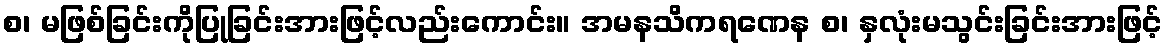
စ၊ မဖြစ်ခြင်းကိုပြုခြင်းအားဖြင့်လည်းကောင်း။ အမနသိကရဏေန စ၊ နှလုံးမသွင်းခြင်းအားဖြင့်